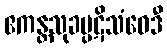
ဧကန္တသုခပ္ပဋိသံဝေဒီ